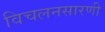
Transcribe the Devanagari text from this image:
विचलनसारणी